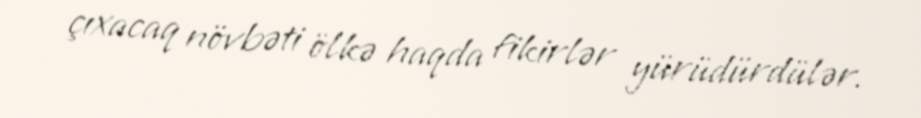
çıxacaq növbəti ölkə haqda fikirlər yürüdürdülər.